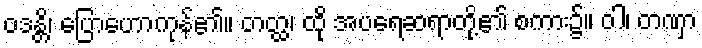
ဝဒန္တိ၊ ပြောဟောကုန်၏။ တတ္ထ၊ ထို အပရေဆရာတို့၏ စကား၌။ ဝါ၊ တဏှာ